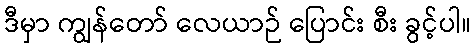
ဒီမှာ ကျွန်တော် လေယာဉ် ပြောင်း စီး ခွင့်ပါ။